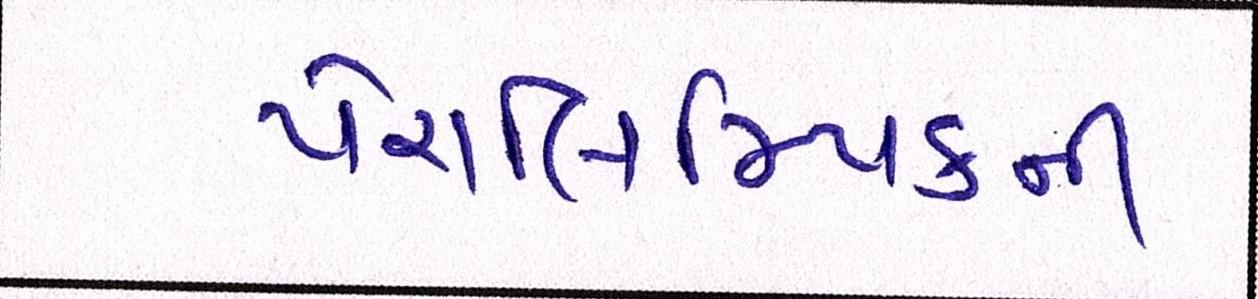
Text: પેરાલિમ્પિકની